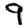
Digit: 9